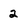
Character: 2